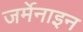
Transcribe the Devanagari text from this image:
जर्मेनाइन